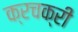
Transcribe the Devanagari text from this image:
क्रचक्री